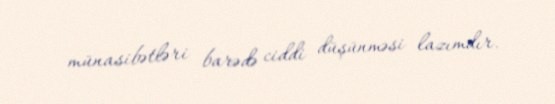
münasibətləri barədə ciddi düşünməsi lazımdır.